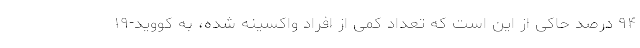
۹۴ درصد حاکی از این است که تعداد کمی از افراد واکسینه شده، به کووید-۱۹